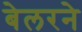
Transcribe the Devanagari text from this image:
बेलरने